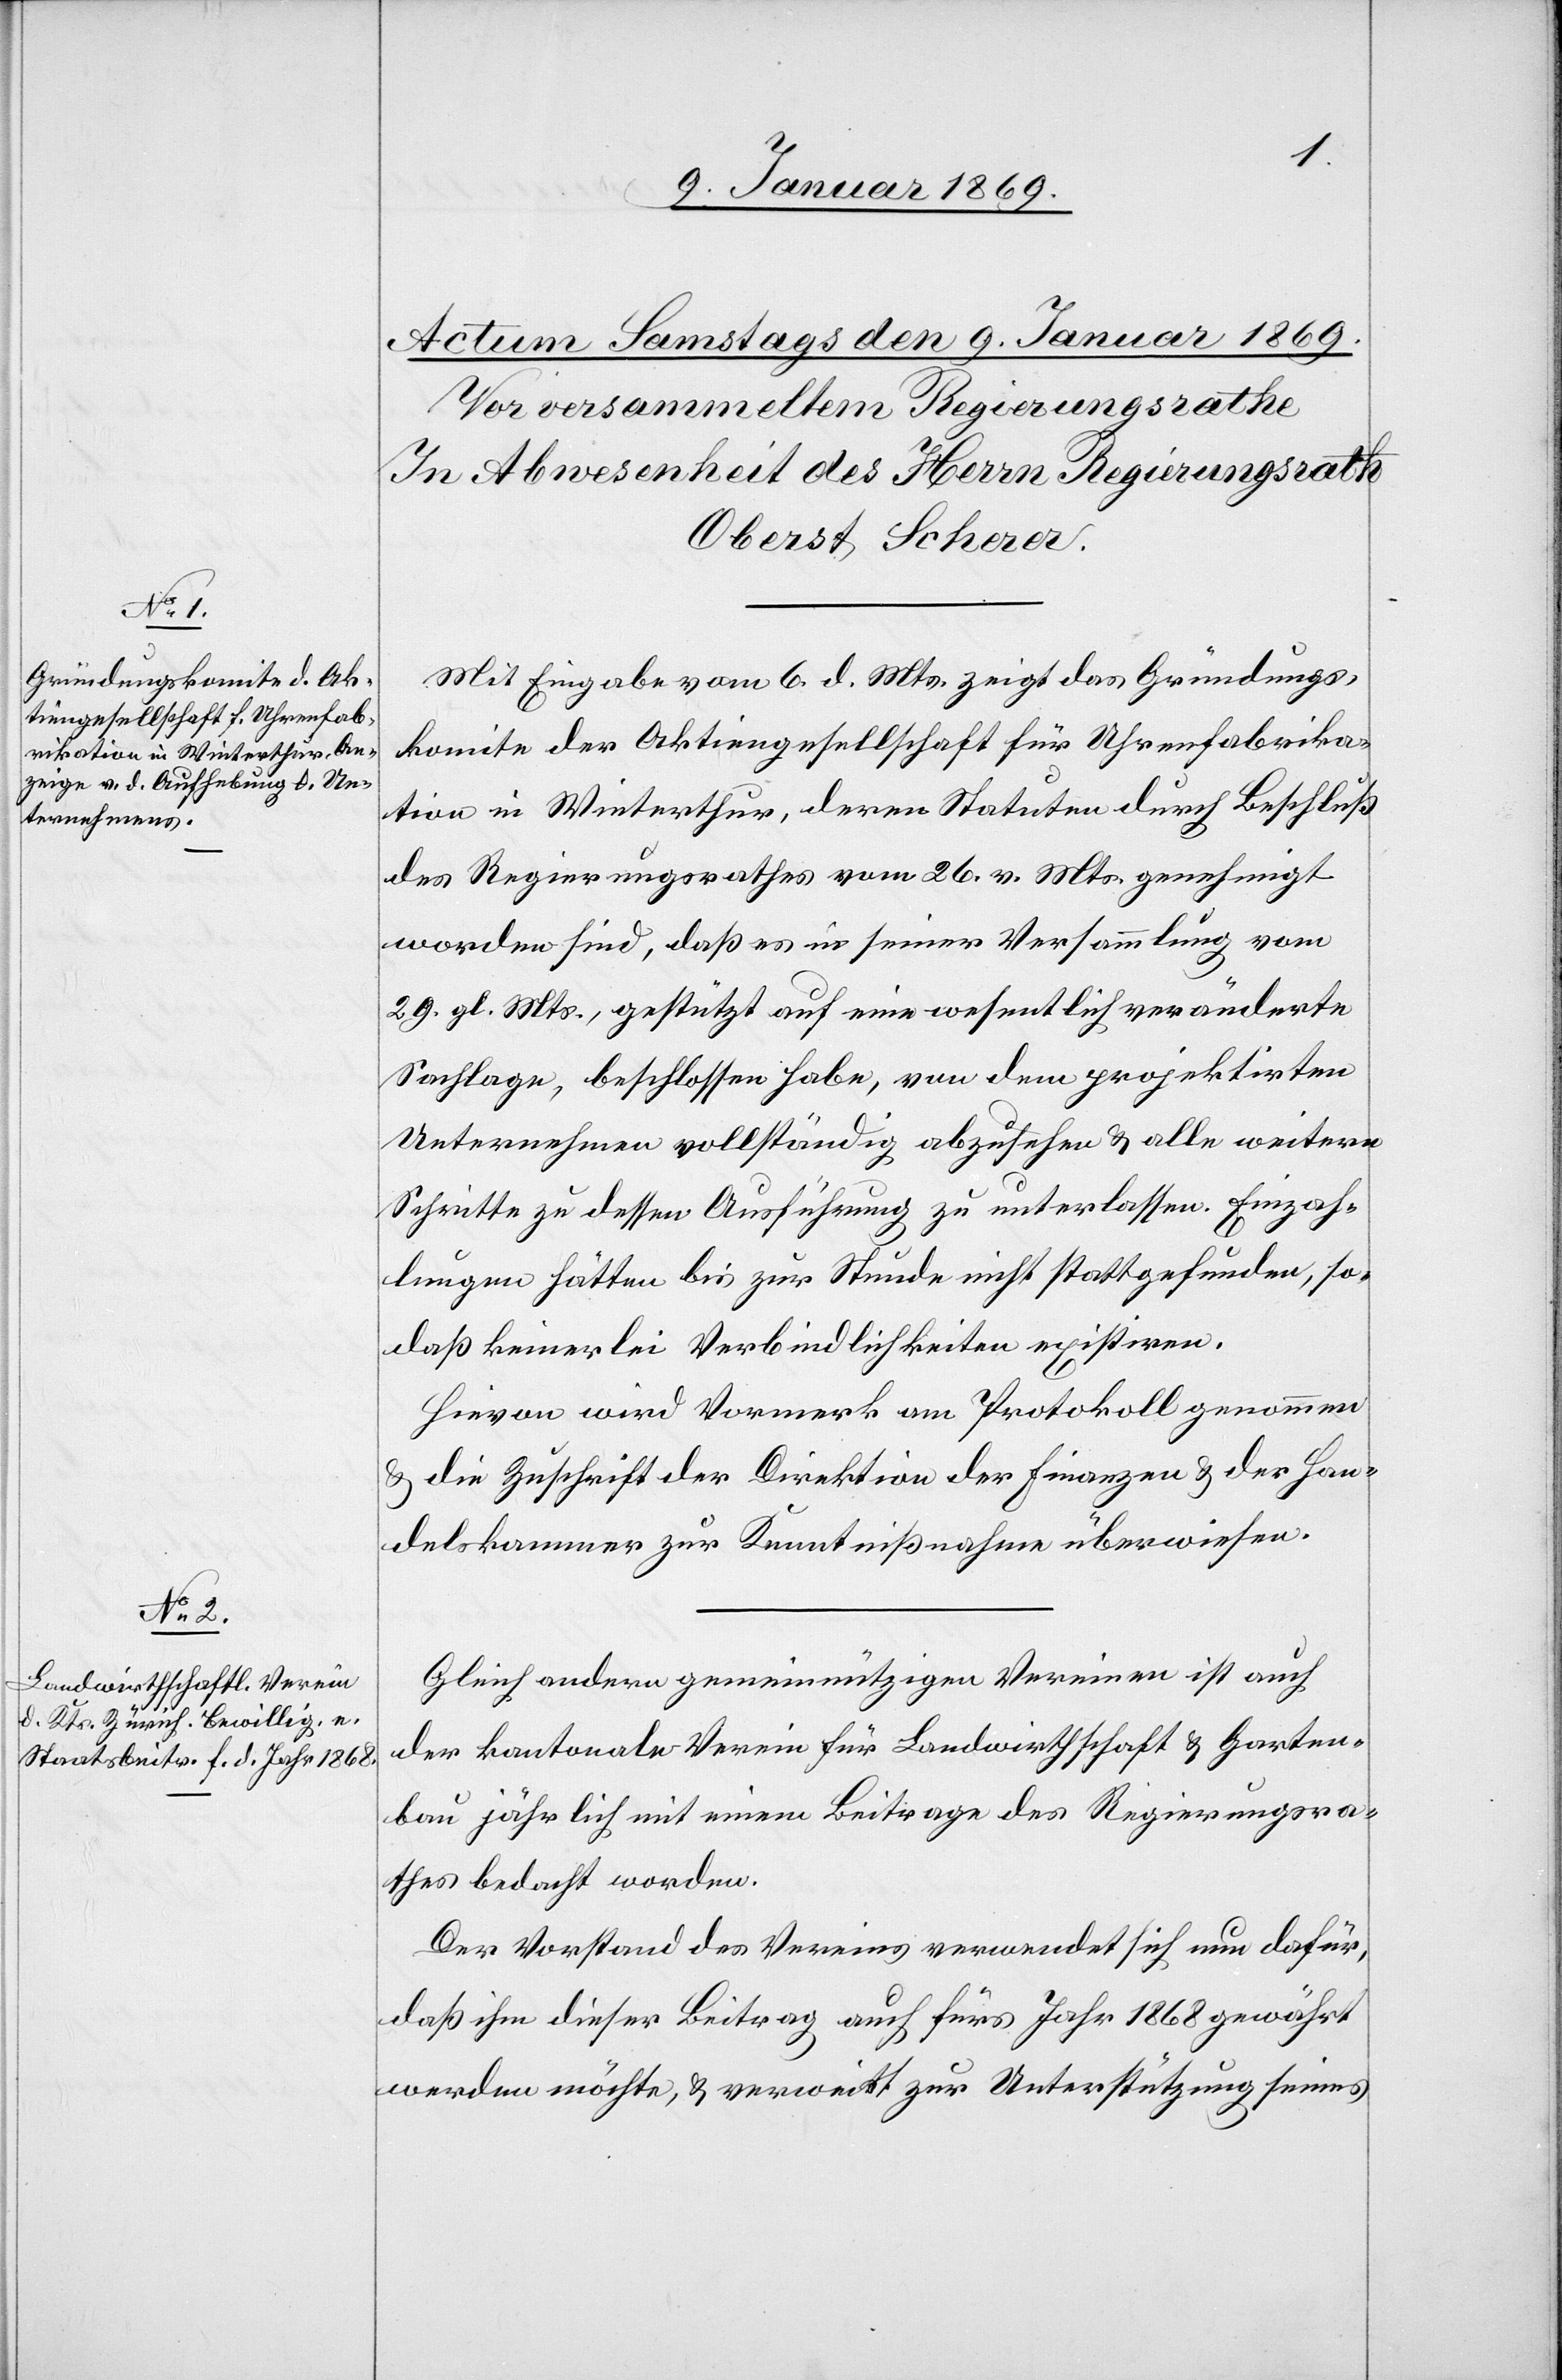
Mit Eingabe vom 6 d. Mts. zeigt das Gründungs¬
komite der Aktiengesellschaft für Uhrenfabrika¬
tion in Winterthur, deren Statuten durch Beschluß
des Regierungsrathes vom 26. v. Mts. genehmigt
worden sind, daß es in seiner Versammlung vom
29. gl. Mts., gestützt auf eine wesentlich veränderte
Sachlage, beschloßen habe, von dem projektirten
Unternehmen vollständig abzusehen u. alle weitern
Schritte zu dessen Ausführung zu unterlassen. Einzah¬
lungen hätten bis zur Stunde nicht stattgefunden, so
daß keinerlei Verbindlichkeiten existiren.
Hievon wird Vormerk am Protokoll genommen
u. die Zuschrift der Direktion der Finanzen u. der Han¬
delskammer zur Kenntnißnahme überwiesen.
Gleich andern gemeinnützigen Vereinen ist auch
der kantonale Verein für Landwirthschaft u. Garten¬
bau jährlich mit einem Beitrage des Regierungsra¬
thes bedacht worden.
Der Vorstand des Vereines verwendet sich nun dafür,
daß ihm dieser Beitrag auch fürs Jahr 1868 gewährt
werden möchte, u. verweist zur Unterstützung seines